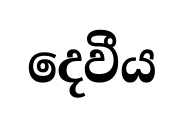
දෙවීය